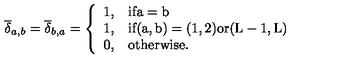
\overline { { \delta } } _ { a , b } = \overline { { \delta } } _ { b , a } = \left\{ \begin{array} { l l } { 1 , } & { \mathrm { i f a = b } } \\ { 1 , } & { \mathrm { i f ( a , b ) = ( 1 , 2 ) o r ( L - 1 , L ) } } \\ { 0 , } & { \mathrm { o t h e r w i s e . } } \\ \end{array} \right.